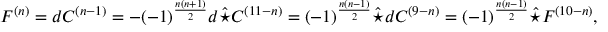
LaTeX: F ^ { ( n ) } = d C ^ { ( n - 1 ) } = - ( - 1 ) ^ { \frac { n ( n + 1 ) } { 2 } } d \hat { \star } C ^ { ( 1 1 - n ) } = ( - 1 ) ^ { \frac { n ( n - 1 ) } { 2 } } \hat { \star } d C ^ { ( 9 - n ) } = ( - 1 ) ^ { \frac { n ( n - 1 ) } { 2 } } \hat { \star } F ^ { ( 1 0 - n ) } ,